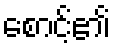
စောင့်၏